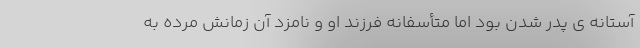
آستانه ی پدر شدن بود اما متأسفانه فرزند او و نامزد آن زمانش مرده به